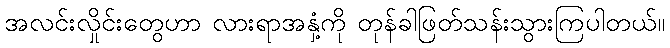
အလင်းလှိုင်းတွေဟာ လားရာအနှံ့ကို တုန်ခါဖြတ်သန်းသွားကြပါတယ်။